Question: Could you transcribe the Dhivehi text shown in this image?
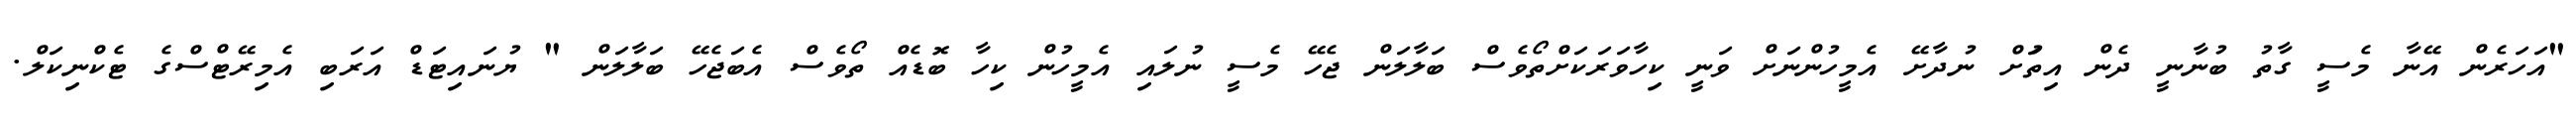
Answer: "އަހަރެން އޭނާ މެސީ ގާތު ބުނާނީ ދެން އިތުަށް ނުދާށޭ އެމީހުންނަށް ވަނީ ކިހާވަރަކަށްތޯވެސް ބަލާލަން ޖެހޭ މެސީ ނުލައި އެމީހުން ކިހާ ބޮޑެއް ތޯވެސް އެބަޖެހޭ ބަލާލަން " ޔުނައިޓަޑް އަރަބި އެމިރޭޓްސްގެ ޓެކްނިކަލް.